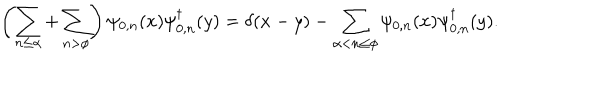
\left( \sum _ { n \leq \alpha } + \sum _ { n > \phi } \right) \psi _ { 0 , n } ( x ) \psi _ { 0 , n } ^ { \dagger } ( y ) = \delta ( x - y ) - \sum _ { \alpha < n \leq \phi } \psi _ { 0 , n } ( x ) \psi _ { 0 , n } ^ { \dagger } ( y ) .